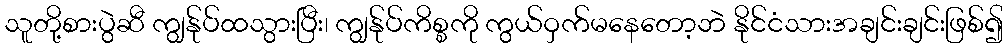
သူတို့စားပွဲဆီ ကျွန်ုပ်ထသွားပြီး၊ ကျွန်ုပ်ကိစ္စကို ကွယ်ဝှက်မနေတော့ဘဲ နိုင်ငံသားအချင်းချင်းဖြစ်၍